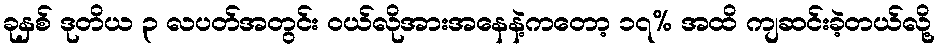
ခုနှစ် ဒုတိယ ၃ လပတ်အတွင်း ဝယ်လိုအားအနေနဲ့ကတော့ ၁၇% အထိ ကျဆင်းခဲ့တယ်လို့